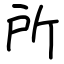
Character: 所